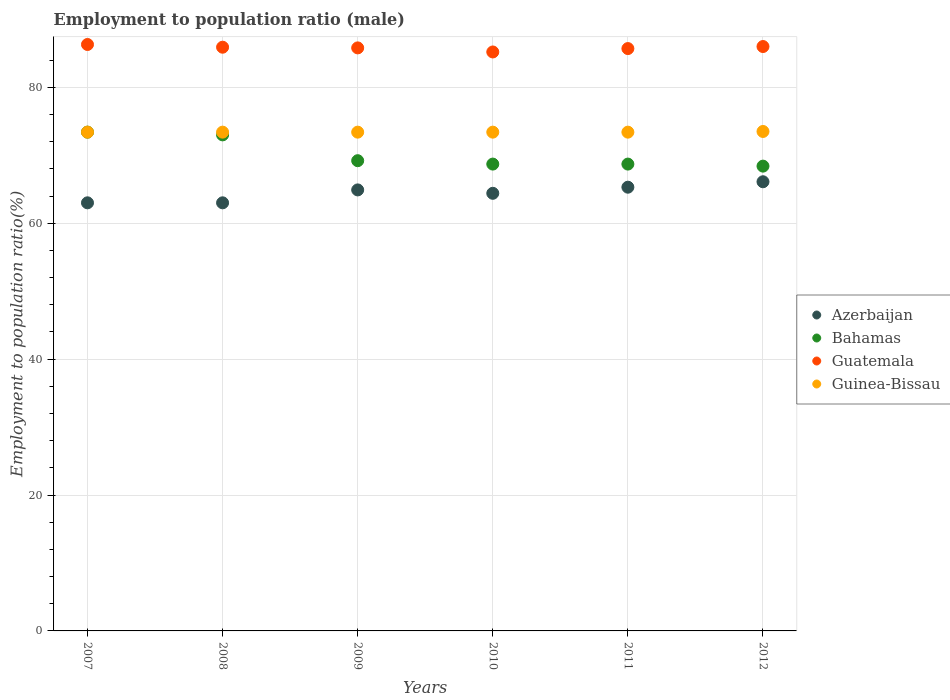
| Years | Azerbaijan | Bahamas | Guatemala | Guinea-Bissau |
 | --- | --- | --- | --- | --- |
 | 2007 | 63 | 73.4 | 86.3 | 73.4 |
 | 2008 | 63 | 73 | 85.9 | 73.4 |
 | 2009 | 64.9 | 69.2 | 85.8 | 73.4 |
 | 2010 | 64.4 | 68.7 | 85.2 | 73.4 |
 | 2011 | 65.3 | 68.7 | 85.7 | 73.4 |
 | 2012 | 66.1 | 68.4 | 86 | 73.5 |